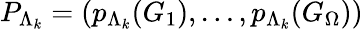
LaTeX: P_{\Lambda_{k}}=(p_{\Lambda_{k}}(G_{1}),\dots,p_{\Lambda_{k}}(G_{\Omega}))